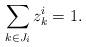
LaTeX: \begin{align*}\sum_{k\in J_i}z^i_k= 1.\end{align*}